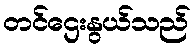
တင်ဌေးနွယ်သည်